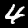
Digit: 4